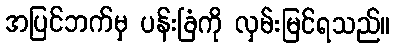
အပြင်ဘက်မှ ပန်းခြံကို လှမ်းမြင်ရသည်။